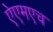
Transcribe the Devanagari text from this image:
ऐएमएच